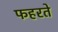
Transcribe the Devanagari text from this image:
फहरते